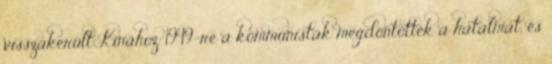
visszakerült Kínához. 1949-re a kommunisták megdöntötték a hatalmat, és